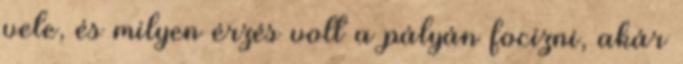
vele, és milyen érzés volt a pályán focizni, akár